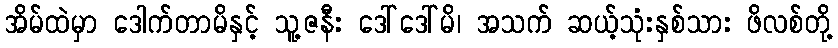
အိမ်ထဲမှာ ဒေါက်တာမိနှင့် သူ့ဇနီး ဒေါ်ဒေါ်မိ၊ အသက် ဆယ့်သုံးနှစ်သား ဖိလစ်တို့